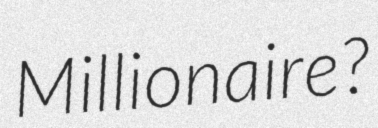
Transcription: Millionaire?